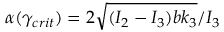
\alpha ( \gamma _ { c r i t } ) = 2 \sqrt { ( I _ { 2 } - I _ { 3 } ) b k _ { 3 } } / I _ { 3 }